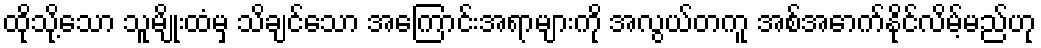
ထိုသို့သော သူမျိုးထံမှ သိချင်သော အကြောင်းအရာများကို အလွယ်တကူ အစ်အောက်နိုင်လိမ့်မည်ဟု